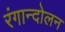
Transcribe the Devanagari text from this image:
रंगान्दोलन